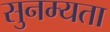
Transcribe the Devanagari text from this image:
सुनम्यता